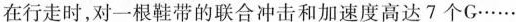
在行走时，对一根鞋带的联合冲击和加速度高达7个G……